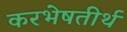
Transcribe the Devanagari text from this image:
करभेषतीर्थ